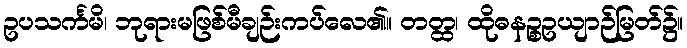
ဥပသင်္ကမိ၊ ဘုရားမဖြစ်မီချဉ်းကပ်လေ၏။ တတ္ထ၊ ထိုဓနဉ္စဥယျာဉ်မြတ်၌။